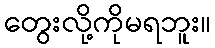
တွေးလို့ကိုမရဘူး။